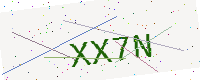
Text: XX7N